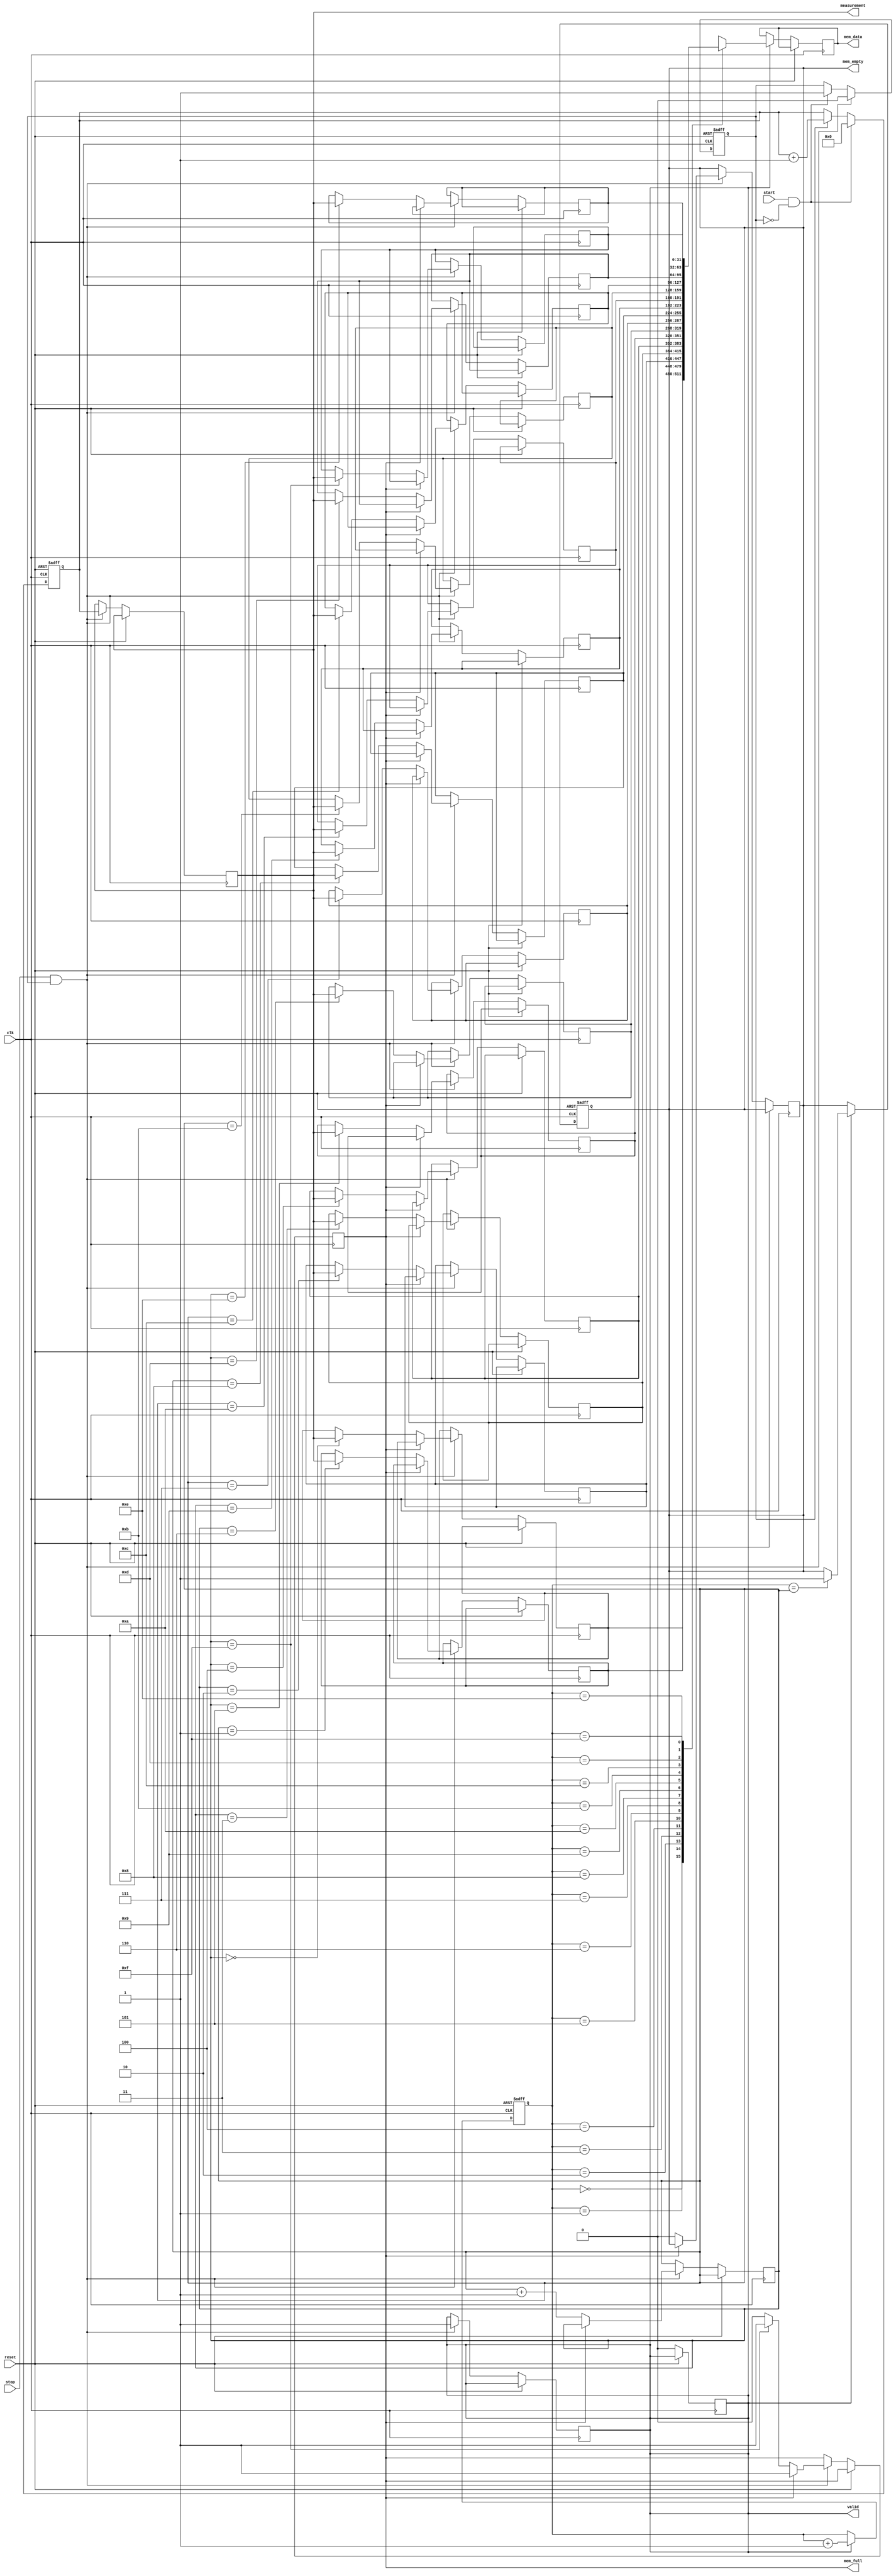
module TDC (
    input wire clk,                // System clock
    input wire reset,              // Reset signal
    input wire start,              // Start event signal
    input wire stop,               // Stop event signal
    output reg [31:0] measurement, // Measured time interval
    output reg valid,              // Valid output flag
    output reg [31:0] mem_data,    // Memory data output
    output reg mem_full,           // Memory full flag
    output reg mem_empty           // Memory empty flag
);

    // Parameters
    parameter MEM_SIZE = 16;       // Size of the memory block

    // Internal signals
    reg [31:0] counter;             // Time counter
    reg [31:0] memory [0:MEM_SIZE-1]; // Memory block
    reg [3:0] write_ptr;            // Write pointer for memory
    reg [3:0] read_ptr;             // Read pointer for memory
    reg measuring;                  // Measuring state

    // Initial conditions
    initial begin
        counter = 32'b0;
        write_ptr = 4'b0;
        read_ptr = 4'b0;
        valid = 1'b0;
        mem_full = 1'b0;
        mem_empty = 1'b1;
        measuring = 1'b0;
    end

    // Time Measurement Unit
    always @(posedge clk or posedge reset) begin
        if (reset) begin
            counter <= 32'b0;
            measuring <= 1'b0;
        end else begin
            if (start && !measuring) begin
                measuring <= 1'b1; // Start measuring
                counter <= 32'b0;  // Reset counter
            end else if (measuring) begin
                counter <= counter + 1; // Increment counter
            end
            
            if (stop && measuring) begin
                measurement <= counter; // Capture elapsed time
                measuring <= 1'b0;
                valid <= 1'b1; // Indicate valid measurement

                // Store measurement in memory if not full
                if (!mem_full) begin
                    memory[write_ptr] <= measurement;
                    write_ptr <= write_ptr + 1;
                    if (write_ptr == MEM_SIZE - 1) begin
                        mem_full <= 1'b1; // Set memory full flag
                    end
                    mem_empty <= 1'b0; // Clear memory empty flag
                end
            end
        end
    end

    // Memory Management
    always @(posedge clk or posedge reset) begin
        if (reset) begin
            read_ptr <= 4'b0;
            mem_empty <= 1'b1;
        end else begin
            if (valid) begin
                // Optionally read from memory
                mem_data <= memory[read_ptr];
                read_ptr <= read_ptr + 1;
                if (read_ptr == write_ptr) begin
                    mem_empty <= 1'b1; // Set memory empty flag
                end
                valid <= 1'b0; // Reset valid flag after reading
            end
        end
    end

endmodule